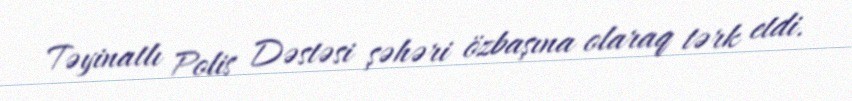
Təyinatlı Polis Dəstəsi şəhəri özbaşına olaraq tərk etdi.